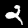
Label: 2